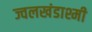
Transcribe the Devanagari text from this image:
ज्वलखंडाश्मी